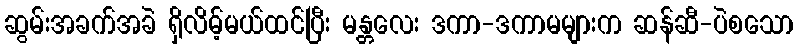
ဆွမ်းအခက်အခဲ ရှိလိမ့်မယ်ထင်ပြီး မန္တလေး ဒကာ-ဒကာမများက ဆန်ဆီ-ပဲစသော